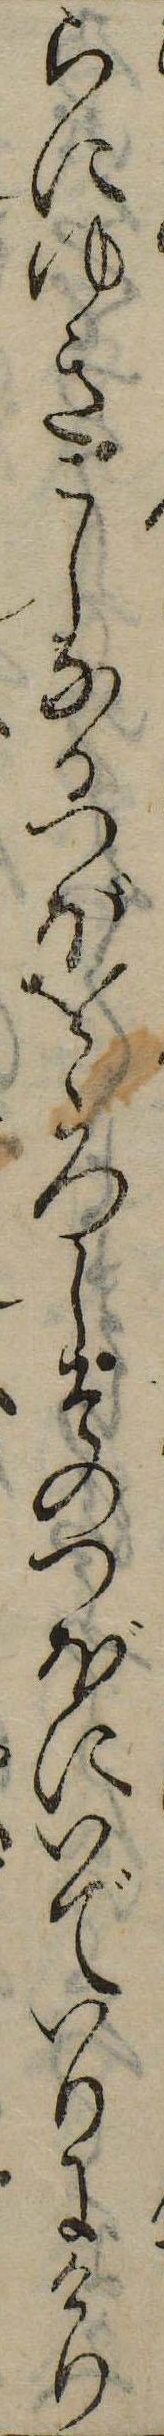
らにゆきこしなるつぼをゝろしそのつぼにいでいりにけり